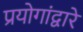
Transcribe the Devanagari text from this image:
प्रयोगांद्वारे